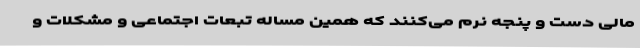
مالی دست و پنجه نرم می‌کنند که همین مساله تبعات اجتماعی و مشکلات و